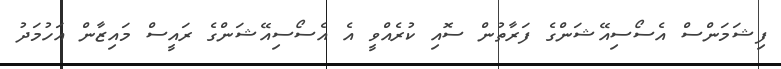
ފިޝަމަންސް އެސޯސިއޭޝަންގެ ފަރާތުން ސޮއި ކުރެއްވީ އެ އެސޯސިއޭޝަންގެ ރައީސް މައިޒާން އަހުމަދު